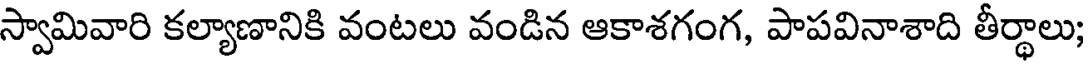
స్వామివారి కల్యాణానికి వంటలు వండిన ఆకాశగంగ, పాపవినాశాది తీర్థాలు;